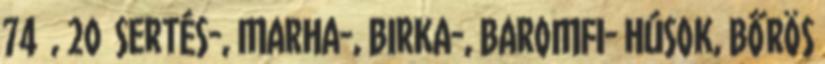
74 , 20 SERTÉS-, MARHA-, BIRKA-, BAROMFI- HÚSOK, BŐRÖS